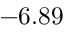
- 6 . 8 9